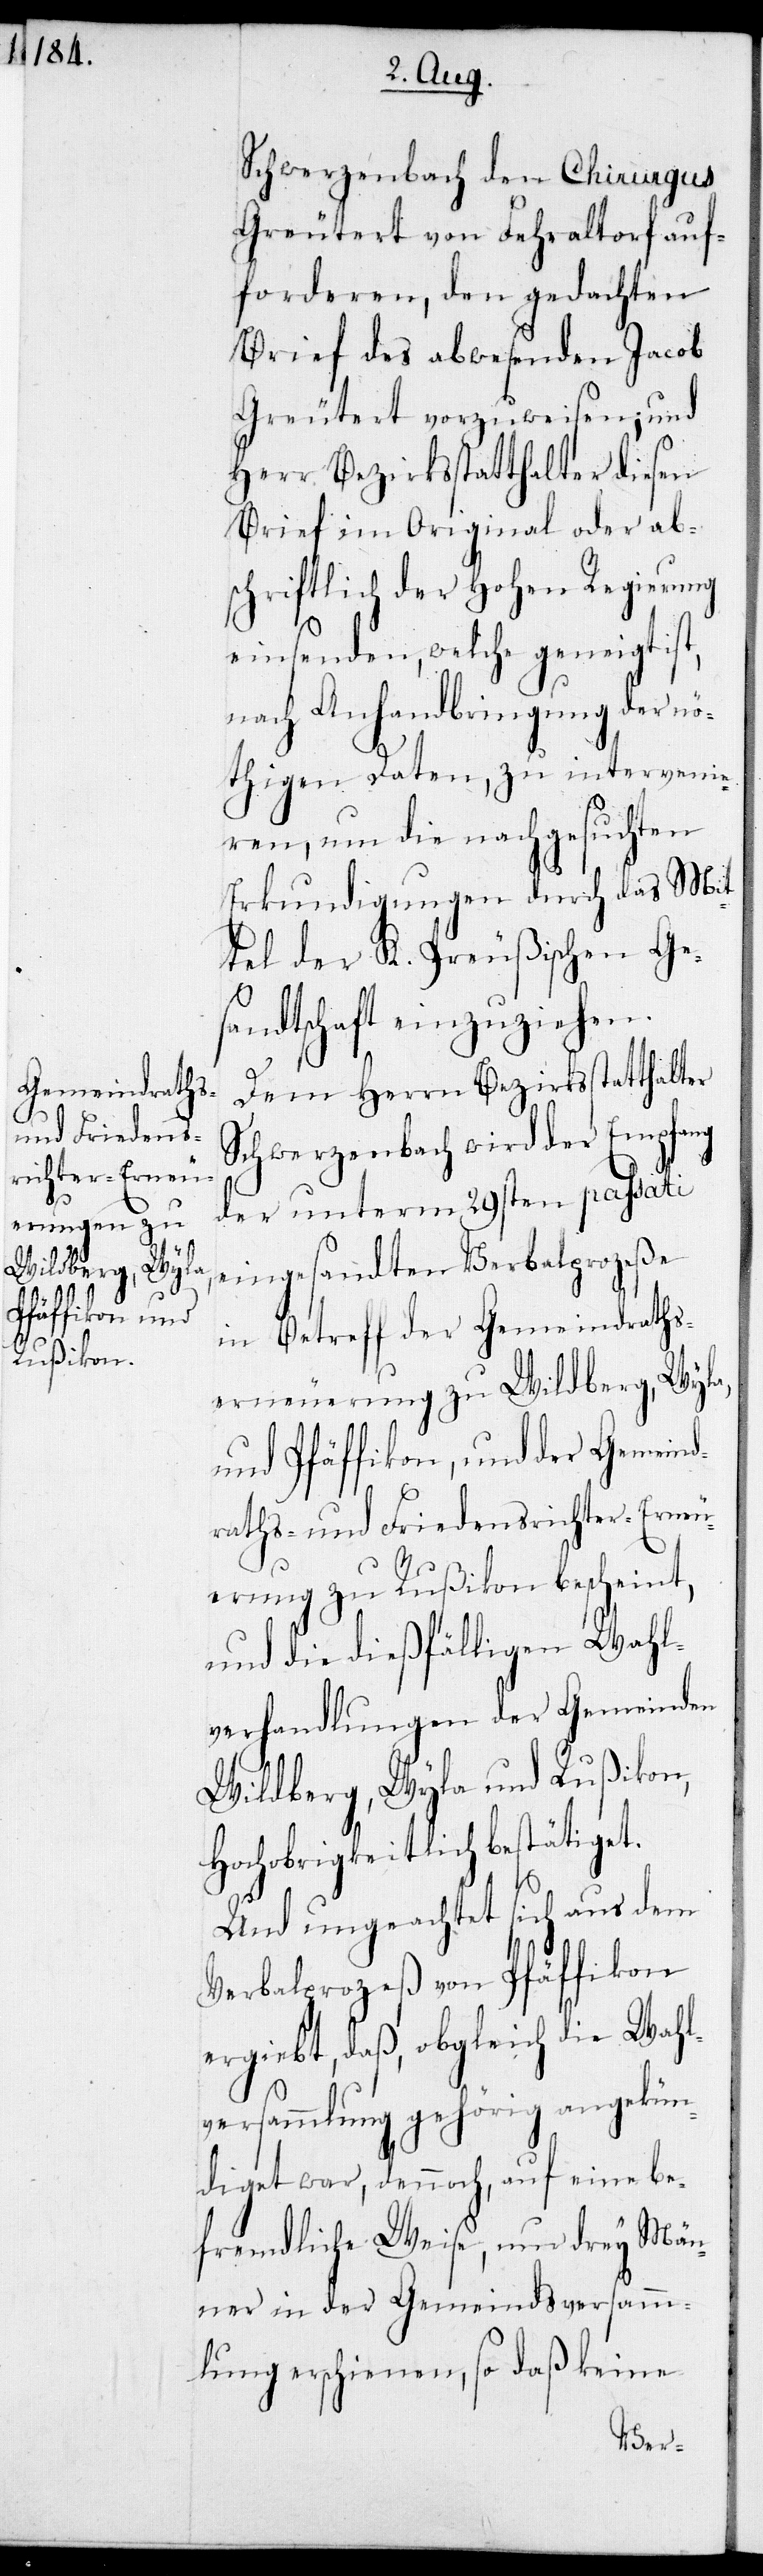
Schwerzenbach den Chirurgus
Greutert von Fehraltorf auf¬
forderen, den gedachten
Brief des abwesenden Jacob
Greutert vorzuweisen; und
Herr Bezirksstatthalter diesen
Brief im Original oder ab¬
schriftlich der Hohen Regierung
einsenden, welche geneigt
nach Anhandbringung der nö¬
thigen Daten, zu intervenie¬
ren, um die nachgesuchten
Erkundigungen durch das Mit¬
tel der K. Preußischen Ges¬
andtschaft einzuziehen.
Dem Herrn Bezirksstattalter
Schwerzenbach wird der Empfang
der unterm 29sten passati
eingesandten Verbalprozeße
in Betreff der Gemeindraths¬
erneuerung zu Wildberg, Wyla
und Pfäffikon, und der Gemein¬
raths- und Friedensrichter-Erneu¬
erung zu Rußikon bescheint,
und die dießfälligen Wahl¬
verhandlungen der Gemeinden
Wildberg, Wyla und Rußikon,
Hochobrigkeitlich bestätiget.
Und ungeachtet sich aus dem
Verbalprozeß von Pfäffikon
ergiebt, daß, obgleich die Wahl¬
versammlung gehörig angekün¬
diget war, dennoch, auf eine be¬
fremdliche Weise, nur drey Män¬
ner in der Gemeindsversamm¬
lung erschienen, so daß keine